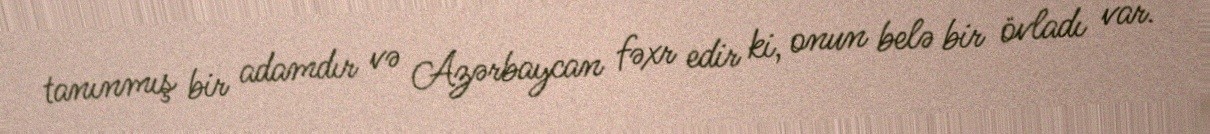
tanınmış bir adamdır və Azərbaycan fəxr edir ki, onun belə bir övladı var.